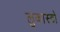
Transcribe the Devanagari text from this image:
लुकास्टो